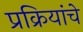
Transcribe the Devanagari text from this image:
प्रक्रियांचे